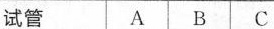
试管 A B C